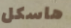
هاسكل